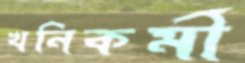
খনিকর্মী